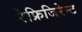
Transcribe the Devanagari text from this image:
रेफ्रिजिरेन्ट